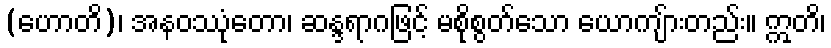
(ဟောတိ)၊ အနဝဿုံတော၊ ဆန္ဒရာဂဖြင့် မစိုစွတ်သော ယောကျ်ားတည်း။ ဣတိ၊